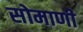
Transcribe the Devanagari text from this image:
सोमाणी